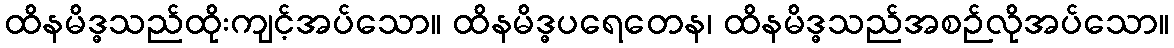
ထိနမိဒ္ဓသည်ထိုးကျင့်အပ်သော။ ထိနမိဒ္ဓပရေတေန၊ ထိနမိဒ္ဓသည်အစဉ်လိုအပ်သော။